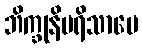
ဘိက္ခုနိပရိသာပေ